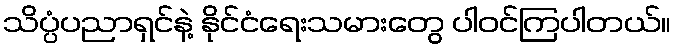
သိပ္ပံပညာရှင်နဲ့ နိုင်ငံရေးသမားတွေ ပါဝင်ကြပါတယ်။